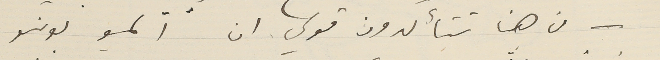
من هنا تتأكدون قولي ان ألمسيو بونسو